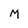
Character: M